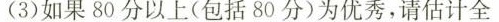
(3)如果80分以上(包括80分)为优秀，请估计全